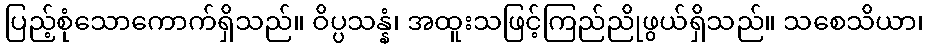
ပြည့်စုံသောကောက်ရှိသည်။ ဝိပ္ပသန္နံ၊ အထူးသဖြင့်ကြည်ညိုဖွယ်ရှိသည်။ သစေသိယာ၊